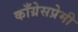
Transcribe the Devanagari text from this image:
काँग्रेसप्रेमी